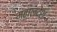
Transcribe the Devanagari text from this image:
महालदेश